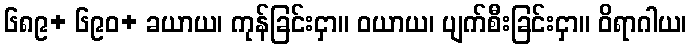
၆၈၉+ ၆၉၀+ ခယာယ၊ ကုန်ခြင်းငှာ။ ဝယာယ၊ ပျက်စီးခြင်းငှာ။ ဝိရာဂါယ၊